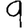
Digit: 9